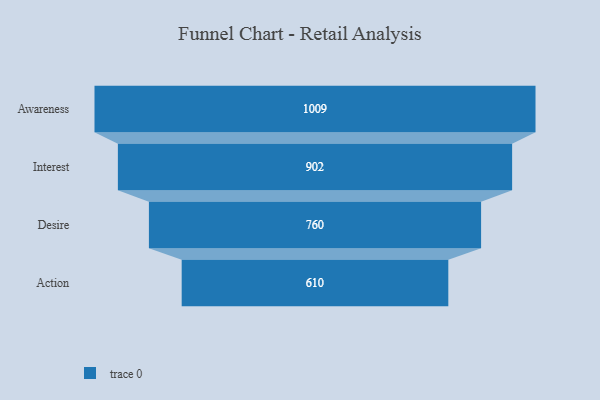
{"axis": {"x": "Stage", "y": "Value"}, "legend": [""], "data": [{"x": "Awareness", "y": 1009.0, "type": ""}, {"x": "Interest", "y": 902.0, "type": ""}, {"x": "Desire", "y": 760.0, "type": ""}, {"x": "Action", "y": 610.0, "type": ""}]}